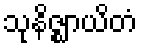
သုနိဇ္ဈာယိတံ